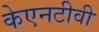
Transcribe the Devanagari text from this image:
केएनटीवी